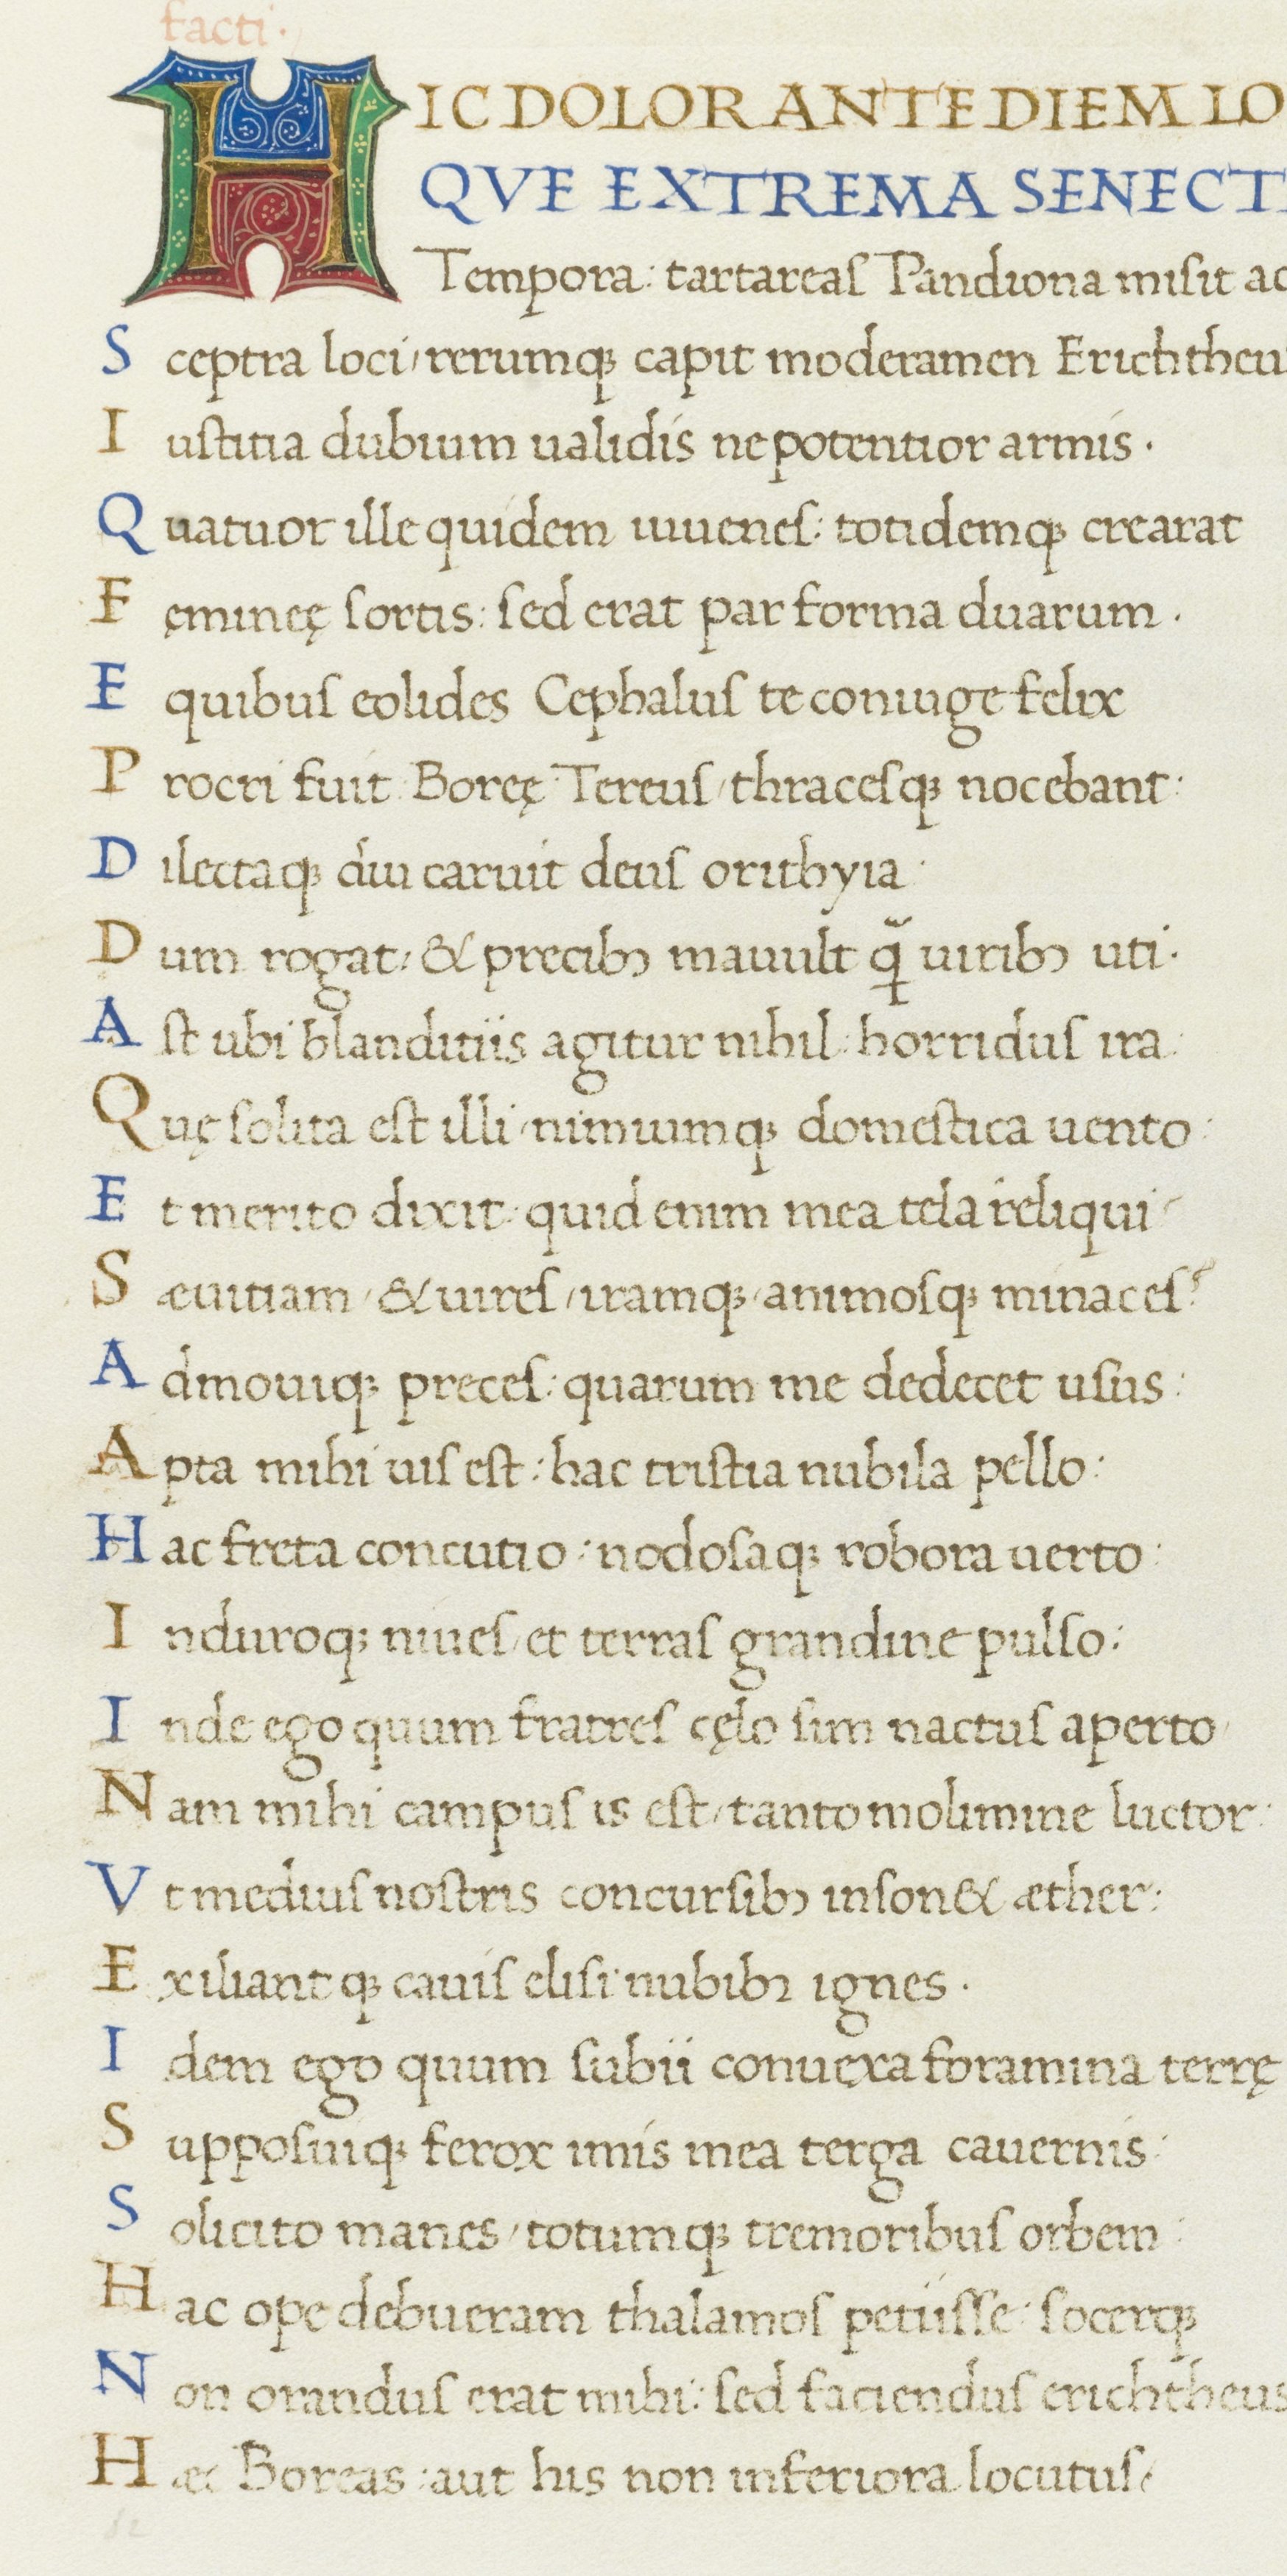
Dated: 1465–1495